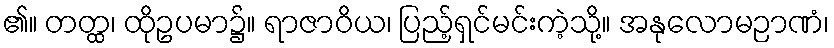
၏။ တတ္ထ၊ ထိုဥပမာ၌။ ရာဇာဝိယ၊ ပြည့်ရှင်မင်းကဲ့သို့။ အနုလောမဉာဏံ၊